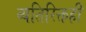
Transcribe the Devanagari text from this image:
व्यतिरिक्तही